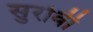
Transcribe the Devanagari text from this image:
सुरोवी